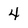
Character: 4